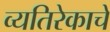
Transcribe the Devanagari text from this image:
व्यतिरेकाचे